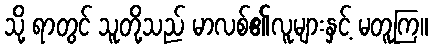
သို့ ရာတွင် သူတို့သည် မာလစ်၏လူများနှင့် မတူကြ။